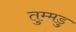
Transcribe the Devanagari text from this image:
तुम्मडु